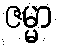
ဇမ္မာ